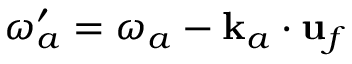
\omega _ { a } ^ { \prime } = \omega _ { a } - \mathbf { k } _ { a } \cdot \mathbf { u } _ { f }